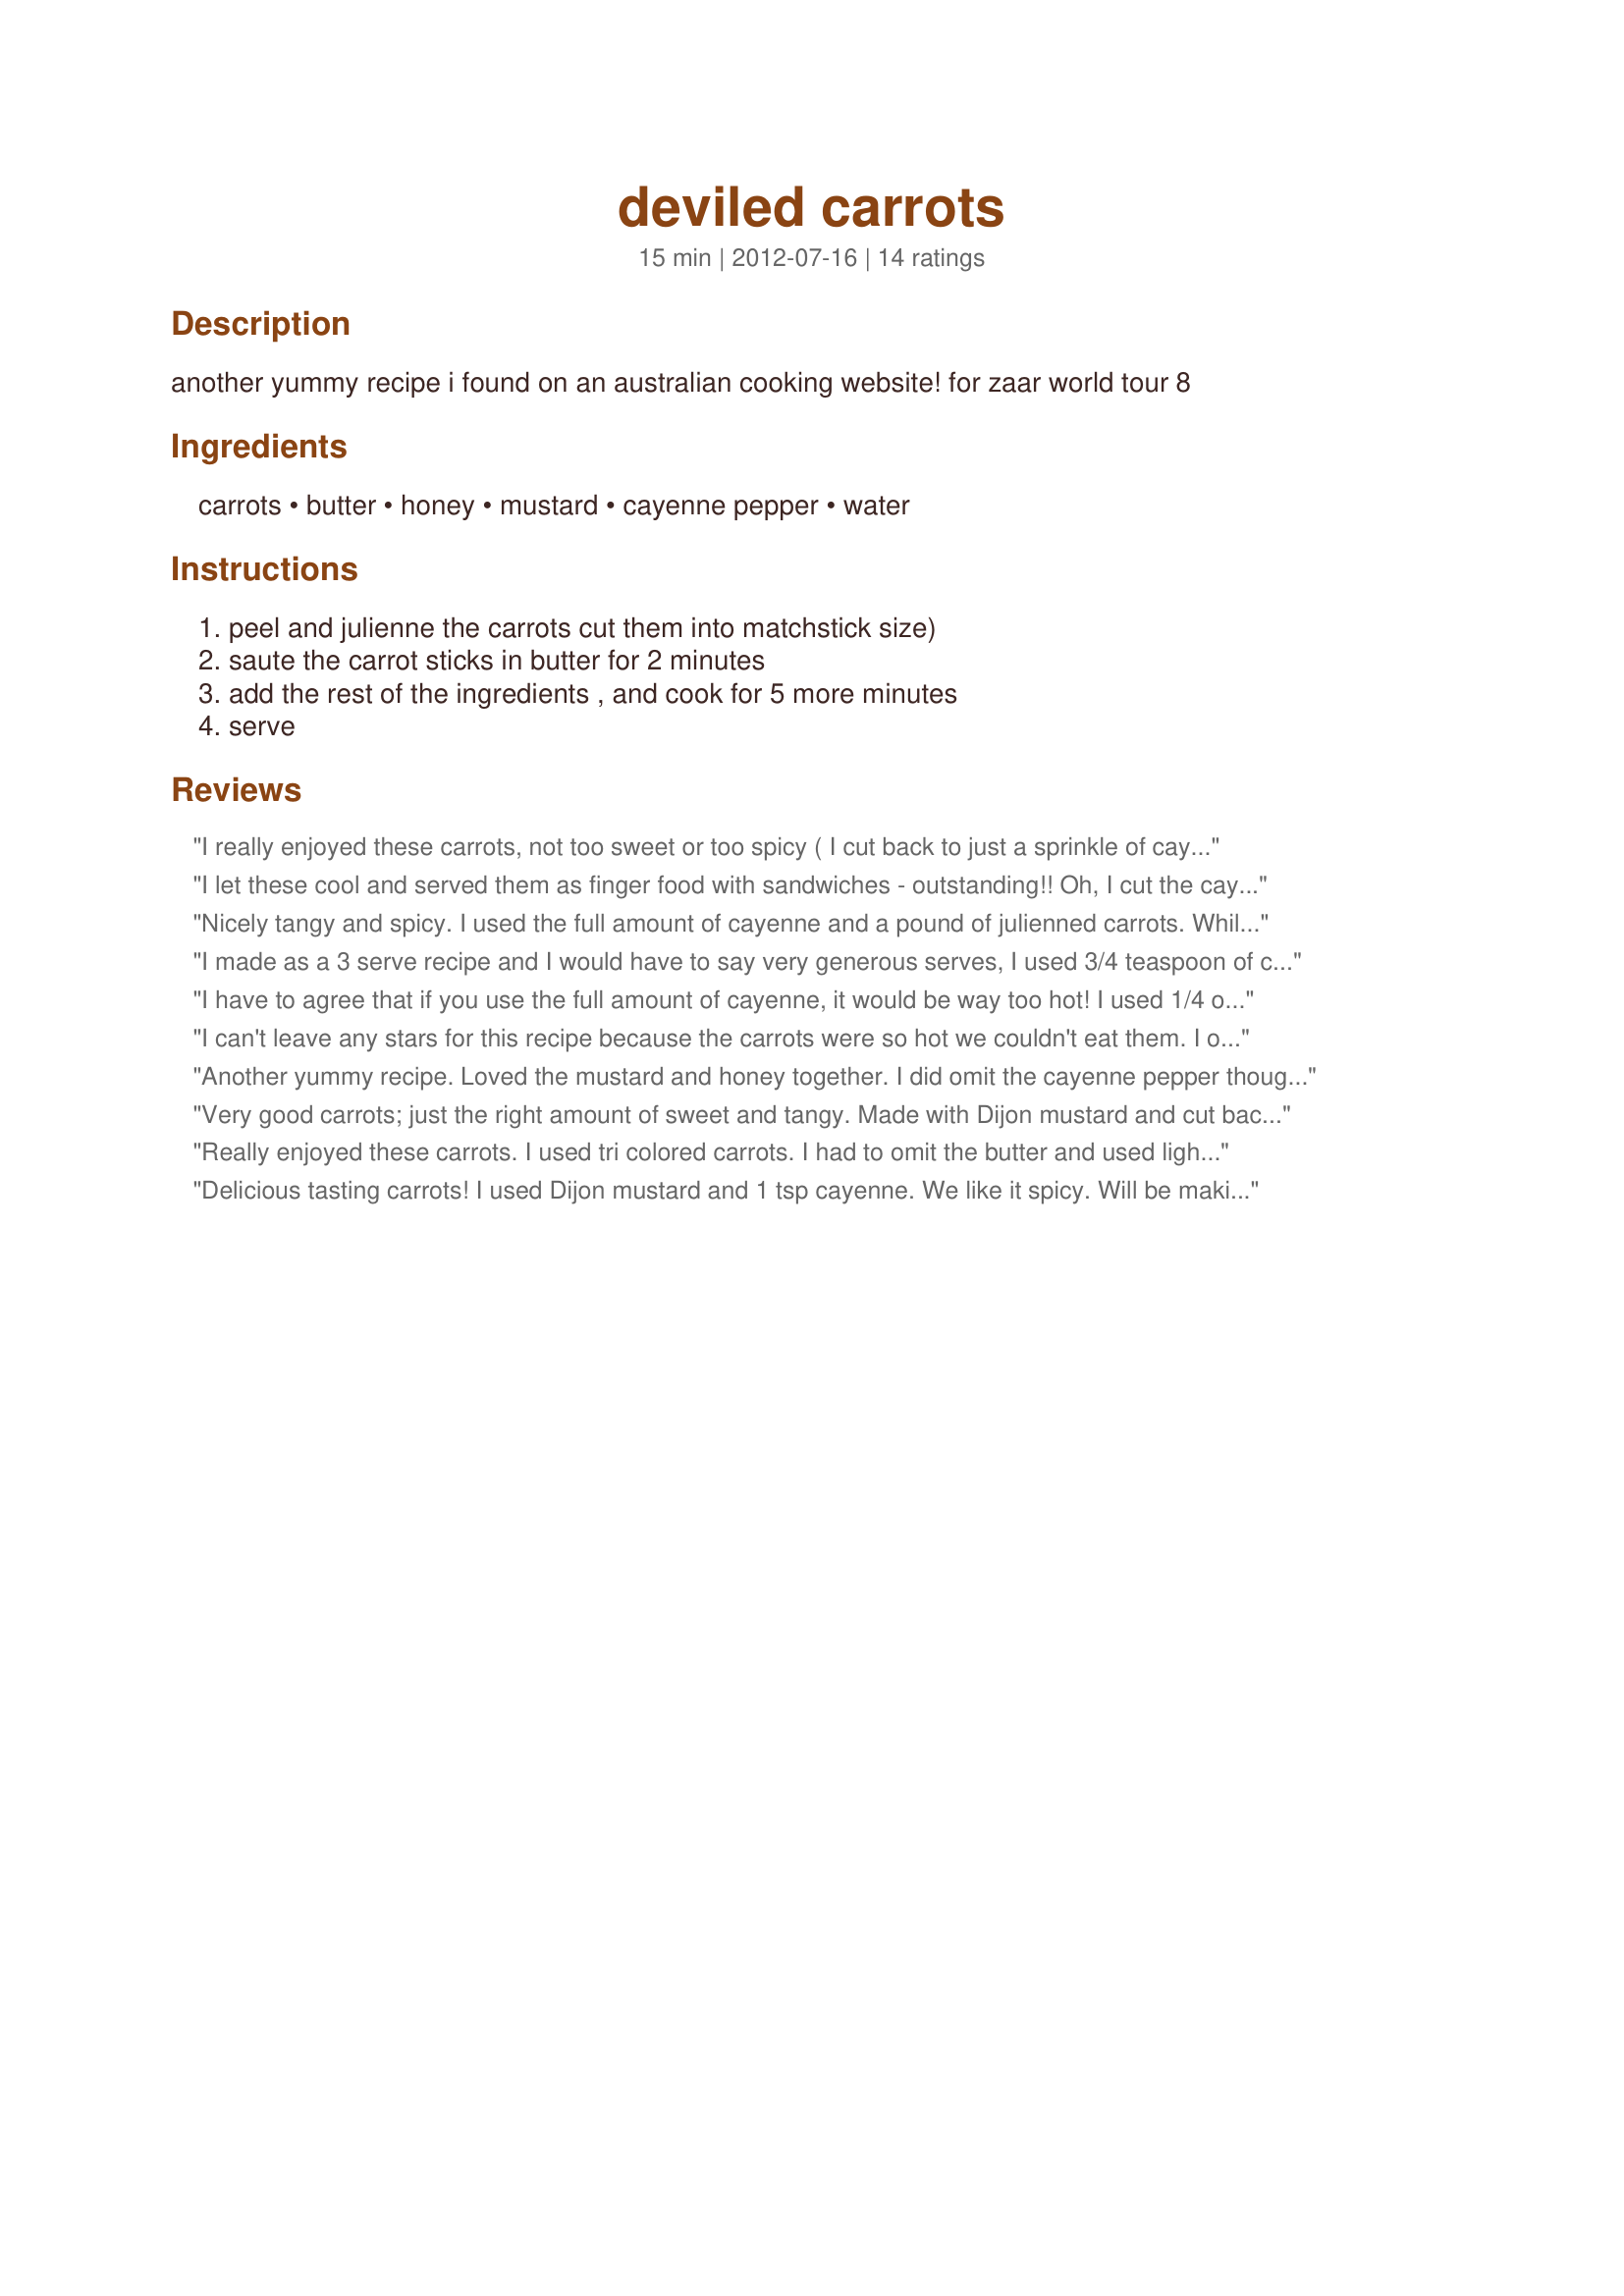
deviled carrots
Preparation time: 15 minutes

another yummy recipe i found on an australian cooking website! for zaar world tour 8

Ingredients:
carrots, butter, honey, mustard, cayenne pepper, water

Steps:
peel and julienne the carrots cut them into matchstick size)
saute the carrot sticks in butter for 2 minutes
add the rest of the ingredients , and cook for 5 more minutes
serve

Reviews:
I really enjoyed these carrots, not too sweet or too spicy ( I cut back to just a sprinkle of cayenne for one serving) . I used a pinot gris vinegar mustard. I can&#039;t wait to serve them to my DH. Made in memory of pammyowl &lt;3
I let these cool and served them as finger food with sandwiches - outstanding!! Oh, I cut the cayenne in half and it still had a kick! Made - late - in memory of Pammyowl.
Nicely tangy and spicy. I used the full amount of cayenne and a pound of julienned carrots. While it was spicy the sweetness from the honey tamed it a bit. Very good side dish!
I made as a 3 serve recipe and I would have to say very generous serves, I used 3/4 teaspoon of cayenne which the DM found a little too hot but the DS and I thoroughly enjoyed so will tone that down a little next time for the DM, thank you pammyowl for a lovely side, made for ZAAR Stars tag game.
I have to agree that if you use the full amount of cayenne, it would be way too hot! I used 1/4 of a teaspoon of it and that added a good amount of spice. I used Dijon mustard as well and it was great. I would make these again but with the tamer amount of cayenne. Made for ZWT8. Thanks pammyowl! :)
I can't leave any stars for this recipe because the carrots were so hot we couldn't eat them. I only used 1/2 tsp. of cayenne. We normally enjoy spicy food but not this time. Thanks for sharing. Made for ZWT8- Australia/New Zealand.
Another yummy recipe. Loved the mustard and honey together. I did omit the cayenne pepper though. Made for Pammyowl&#039;s Cookathon
Very good carrots; just the right amount of sweet and tangy. Made with Dijon mustard and cut back on the spice. Made for Football Pool 2012-13 Win.
Really enjoyed these carrots. I used tri colored carrots. I had to omit the butter and used light olive oil ( we have vegans in the family). They came out just right. Everyone enjoyed them. Made for week 16 Football Pool 2012 win. Thanks for sharing.
Delicious tasting carrots! I used Dijon mustard and 1 tsp cayenne. We like it spicy. Will be making these again. Made for Pammyowl&#039;s cookathon.
We really enjoyed these sweet, hot and spicy carrots pammyowl. They were really lovely. Tender and perfectly cooked, with a big kick of heat. I used 1 tsp of ground cayenne pepper. Thanks for sharing this recipe for a quick and easy treat that is out of the norm. I will be making these again...Made for Fearless Red Dragons - ZWT8 - Australia.
Good side dish for dinner. Increased the butter to 1 1/2 tablespoons, and used 1/4 teaspoon cayenne. For us the spiciness was just right, though I don't see a problem with the full amount of the cayenne. The recipe was a nice treat for a different use for carrots. Made for your win in Football Pool.
I used only 1/4 tsp of cayeene and one squirt of Dijon so it was just right for my taste. Made for World Tour 8
My family enjoyed these carrots for something a little different to the way I normally do my honey carrots. I just used white pepper as I dont care for cayenne pepper and used dijon mustard. I would cut back a little on the butter next time. Photo also to be posted
